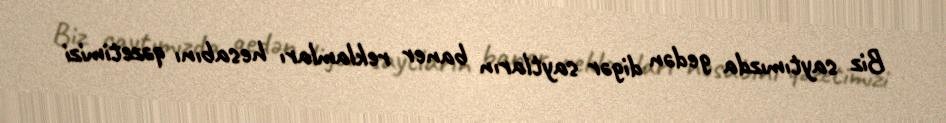
Biz saytımızda gedən digər saytların baner reklamları hesabını qəzetimizi